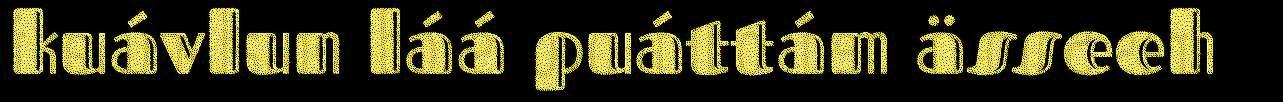
kuávlun láá puáttám ässeeh